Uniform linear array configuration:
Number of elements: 24
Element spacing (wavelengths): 0.5
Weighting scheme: hamming
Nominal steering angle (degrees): -60
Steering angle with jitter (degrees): -59.133
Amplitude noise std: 0.05
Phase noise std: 0.05

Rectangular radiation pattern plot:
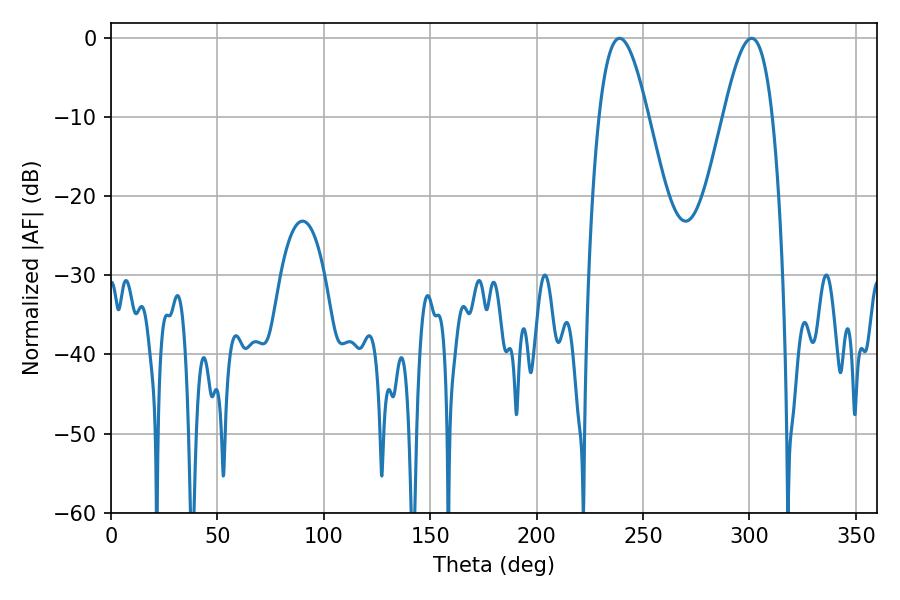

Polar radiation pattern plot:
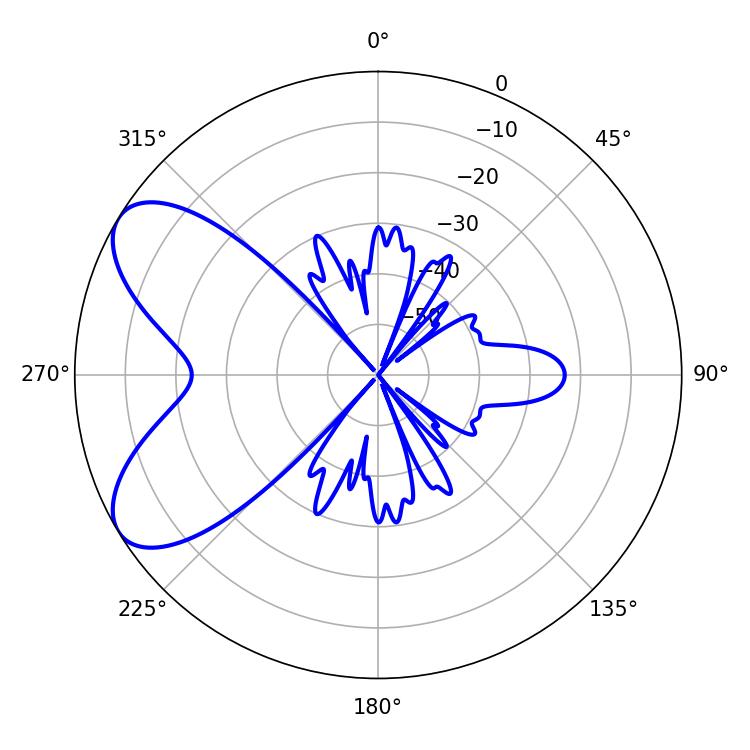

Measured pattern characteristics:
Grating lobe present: FALSE
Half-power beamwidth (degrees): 12.6
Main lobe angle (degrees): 300.96